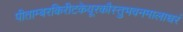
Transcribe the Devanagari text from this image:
पीताम्बरकिरीटकेयूरकौस्तुभवनमालाधरं